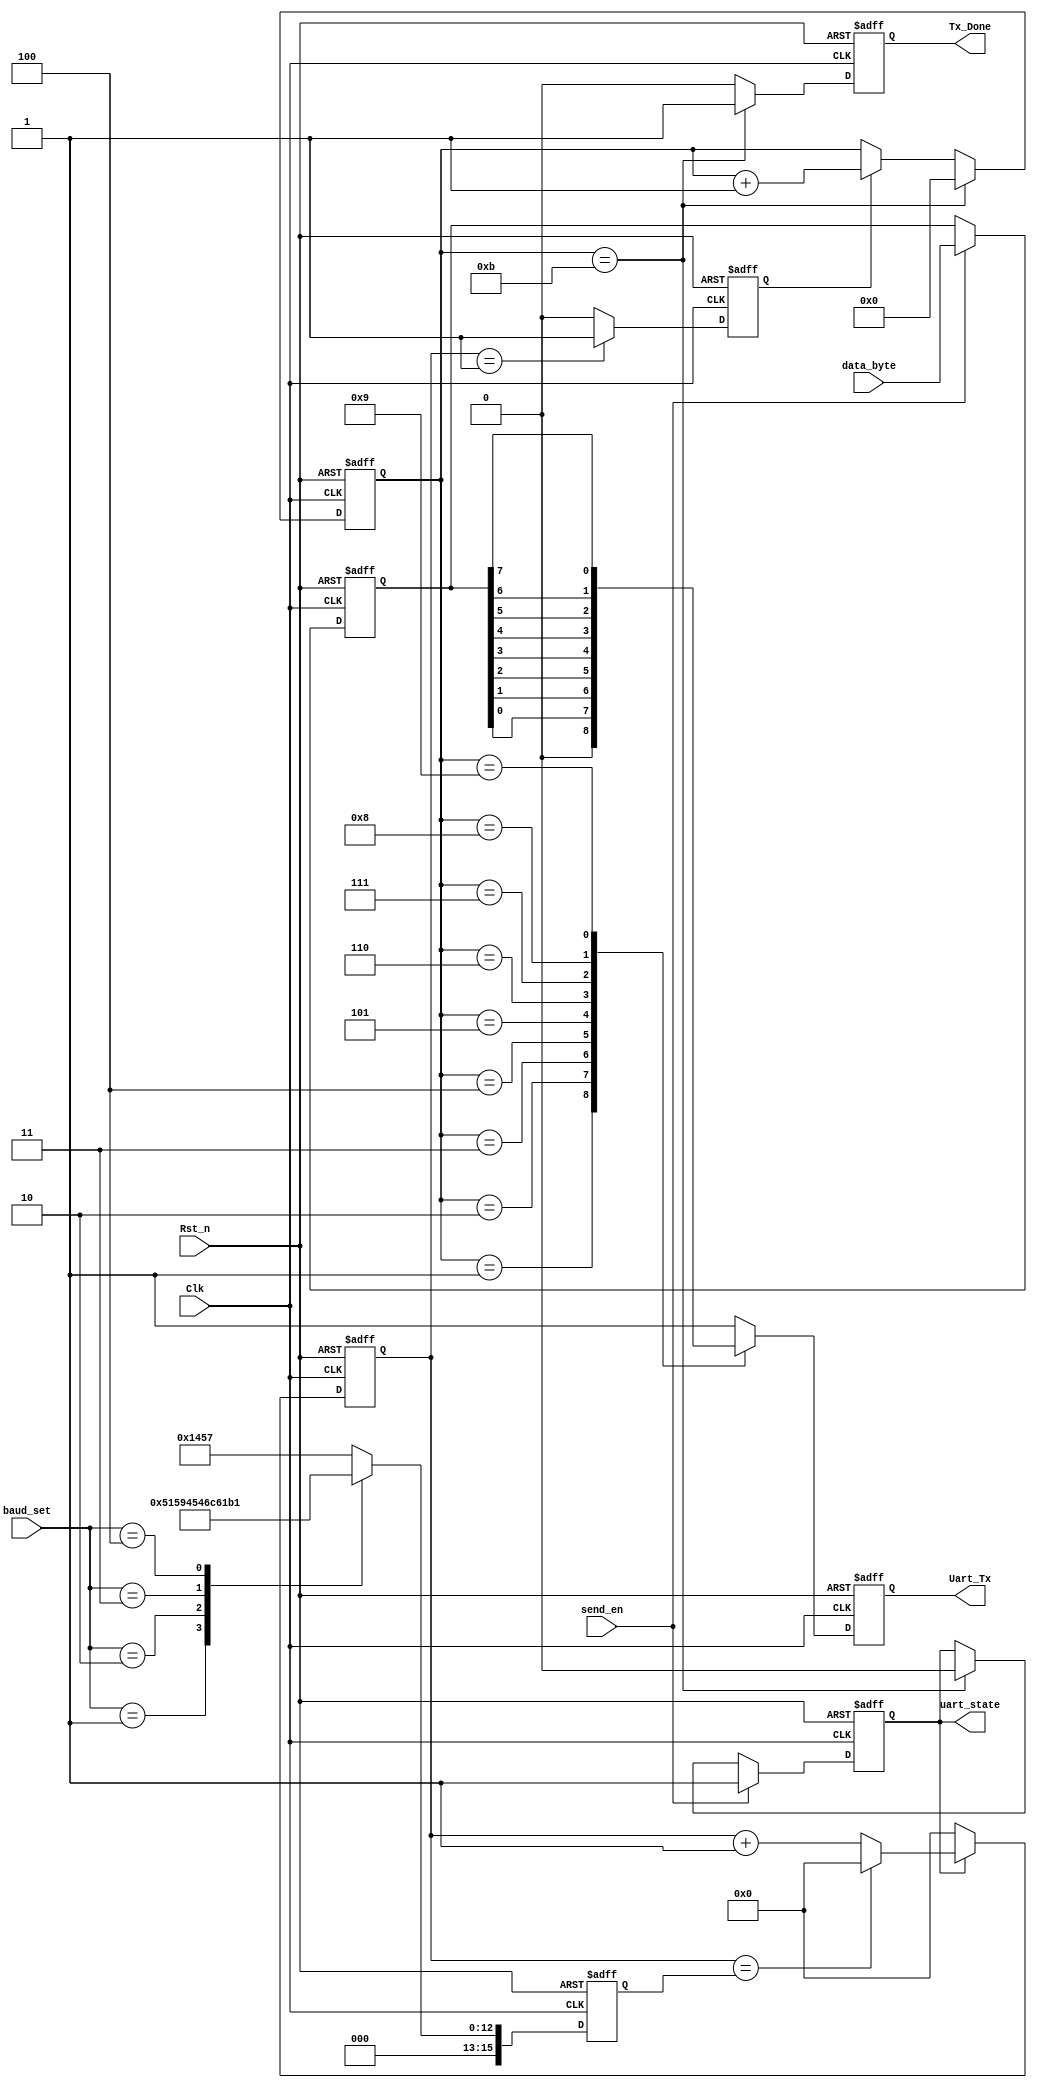
module uart_byte_tx(
	Clk,
	Rst_n,
	data_byte,
	send_en,
	baud_set,
	
	Uart_Tx,
	Tx_Done,
	uart_state
);

	input Clk;
	input Rst_n;
	input [7:0]data_byte;
	input send_en;
	input [2:0]baud_set;
	
	output reg Uart_Tx;
	output reg Tx_Done;
	output reg uart_state;
	
	reg bps_clk;	//Baudrate clock
	
	reg [15:0]div_cnt;//fre divider counter 
	
	reg [15:0]bps_DR;//maximun of fre divider
	
	reg [3:0]bps_cnt;//Baudrate clokc counter 
	
	reg [7:0]r_data_byte;
	
	localparam START_BIT = 1'b0;
	localparam STOP_BIT = 1'b1;
	
	always@(posedge Clk or negedge Rst_n)
	if(!Rst_n)
		uart_state <= 1'b0;
	else if(send_en)
		uart_state <= 1'b1;
	else if(bps_cnt == 4'd11)
		uart_state <= 1'b0;
	else
		uart_state <= uart_state;
	
	
	//store the data to be sent once send_en=1
	always@(posedge Clk or negedge Rst_n)
	if(!Rst_n)
		r_data_byte <= 8'd0;
	else if(send_en)
		r_data_byte <= data_byte;
	else
		r_data_byte <= r_data_byte;
	
	
	//LUT of baudrate
	always@(posedge Clk or negedge Rst_n)
	if(!Rst_n)
		bps_DR <= 16'd5207;
	else begin
		case(baud_set)
			0:bps_DR <= 16'd5207; //9600
			1:bps_DR <= 16'd2603; //19200
			2:bps_DR <= 16'd1301; //38400
			3:bps_DR <= 16'd867;  //57600 
			4:bps_DR <= 16'd433;  //115200
			default:bps_DR <= 16'd5207;			
		endcase
	end	
	
	//counter
	always@(posedge Clk or negedge Rst_n)
	if(!Rst_n)
		div_cnt <= 16'd0;
	else if(uart_state)begin
		if(div_cnt == bps_DR)
			div_cnt <= 16'd0;
		else
			div_cnt <= div_cnt + 1'b1;
	end
	else
		div_cnt <= 16'd0;
	
	// bps_clk gen
	always@(posedge Clk or negedge Rst_n)
	if(!Rst_n)
		bps_clk <= 1'b0;
	else if(div_cnt == 16'd1)
		bps_clk <= 1'b1;
	else
		bps_clk <= 1'b0;
	
	//bps counter
	always@(posedge Clk or negedge Rst_n)
	if(!Rst_n)	
		bps_cnt <= 4'd0;
	else if(bps_cnt == 4'd11)
		bps_cnt <= 4'd0;
	else if(bps_clk)
		bps_cnt <= bps_cnt + 1'b1;
	else
		bps_cnt <= bps_cnt;
		
	always@(posedge Clk or negedge Rst_n)
	if(!Rst_n)
		Tx_Done <= 1'b0;
	else if(bps_cnt == 4'd11)
		Tx_Done <= 1'b1;
	else
		Tx_Done <= 1'b0;
		
	always@(posedge Clk or negedge Rst_n)
	if(!Rst_n)
		Uart_Tx <= 1'b1;
	else begin
	
		case(bps_cnt)
			0:Uart_Tx <= 1'b1;
			1:Uart_Tx <= START_BIT;
			2:Uart_Tx <= r_data_byte[0];
			3:Uart_Tx <= r_data_byte[1];
			4:Uart_Tx <= r_data_byte[2];
			5:Uart_Tx <= r_data_byte[3];
			6:Uart_Tx <= r_data_byte[4];
			7:Uart_Tx <= r_data_byte[5];
			8:Uart_Tx <= r_data_byte[6];
			9:Uart_Tx <= r_data_byte[7];
			10:Uart_Tx <= STOP_BIT;
			default:Uart_Tx <= 1'b1;
		endcase
	end	

endmodule